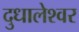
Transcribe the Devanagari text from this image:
दुधालेश्‍वर